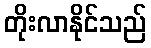
တိုးလာနိုင်သည်